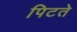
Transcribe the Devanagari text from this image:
पिटते